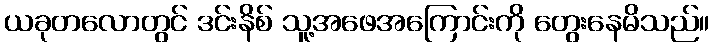
ယခုတလောတွင် ဒင်းနိစ် သူ့အဖေအကြောင်းကို တွေးနေမိသည်။